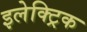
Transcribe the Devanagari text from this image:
इलेक्‍ट्रिक